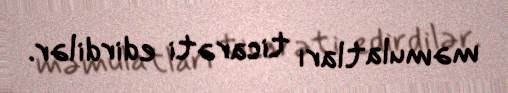
məmulatları ticarəti edirdilər.